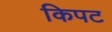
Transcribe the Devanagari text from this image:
किपट